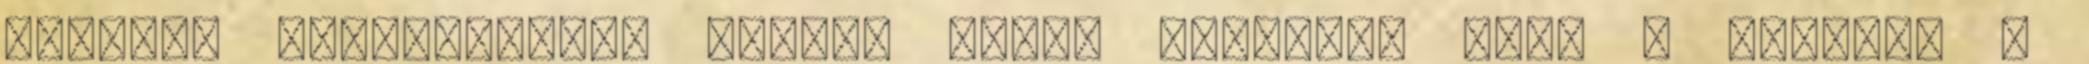
Express hitelkártya. Utóbbi azért érdekes, mert a kártyát a